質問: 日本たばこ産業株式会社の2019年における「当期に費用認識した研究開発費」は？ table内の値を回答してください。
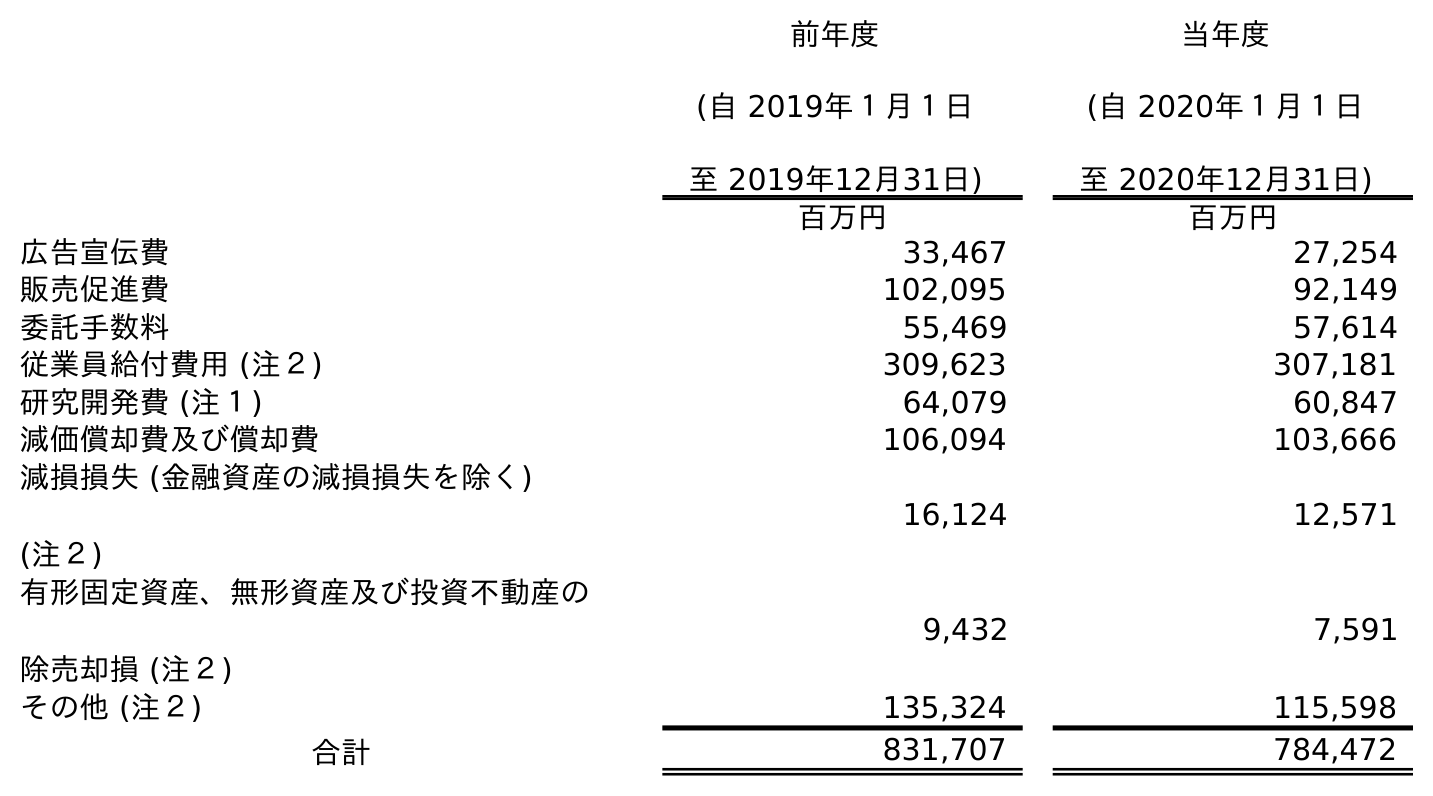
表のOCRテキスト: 前年度 (自 2019年１月１日 至 2019年12月31日) 当年度 (自 2020年１月１日 至 2020年12月31日) 百万円 百万円 広告宣伝費 33,467 27,254 販売促進費 102,095 92,149 委託手数料 55,469 57,614 従業員給付費用 (注２) 309,623 307,181 研究開発費 (注１) 64,079 60,847 減価償却費及び償却費 106,094 103,666 減損損失 (金融資産の減損損失を除く) (注２) 16,124 12,571 有形固定資産、無形資産及び投資不動産の 除売却損 (注２) 9,432 7,591 その他 (注２) 135,324 115,598 合計 831,707 784,472
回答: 64,079